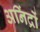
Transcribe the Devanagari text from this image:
अनिंद्रों